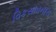
વિકસાવનારા